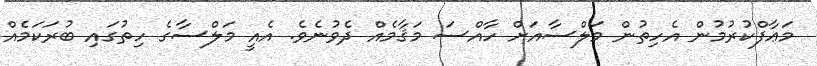
މަޢާފްކުރުމުން އެހިތުން މަލްސާއަށް ހާއްސަ މަޤާމެއް ދެވުނެވެ. އެއީ މަލްސާގެ ހިތުގައި ބުރަކަމެއް